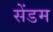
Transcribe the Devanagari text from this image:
सेंडम